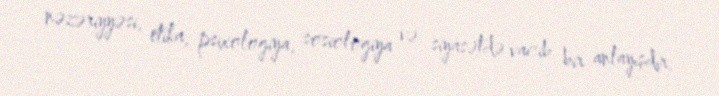
nəzəriyyəsi, etika, psixologiya, sosiologiya və siyasətdə vacib bir anlayışdır.